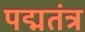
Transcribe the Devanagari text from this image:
पद्मतंत्र